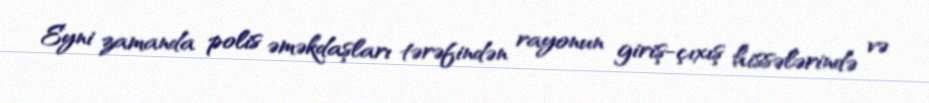
Eyni zamanda polis əməkdaşları tərəfindən rayonun giriş-çıxış hissələrində və